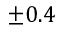
\pm 0 . 4